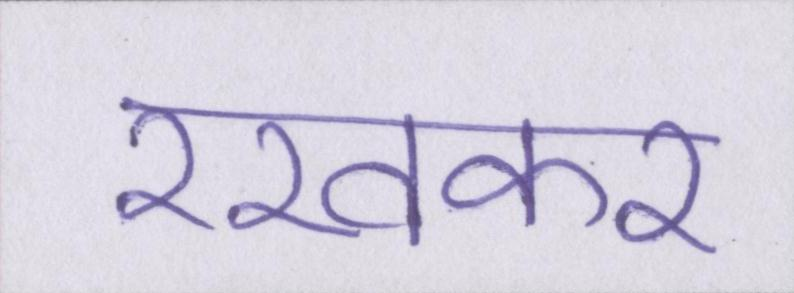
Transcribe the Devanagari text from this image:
रखकर